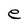
Character: e